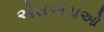
એસએચઓ